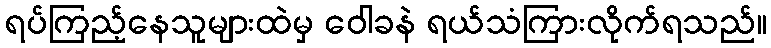
ရပ်ကြည့်နေသူများထဲမှ ဝေါခနဲ ရယ်သံကြားလိုက်ရသည်။